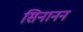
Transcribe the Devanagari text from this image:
सिनानन